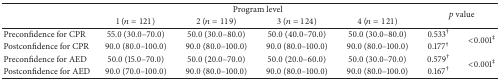
<table><thead><tr><td><b> </b></td><td colspan="4"><b>Program level</b></td><td rowspan="2" colspan="2"><b><i>p</i> value</b></td></tr><tr><td><b> </b></td><td><b>1 (<i>n</i> = 121)</b></td><td><b>2 (<i>n</i> = 119)</b></td><td><b>3 (<i>n</i> = 124)</b></td><td><b>4 (<i>n</i> = 121)</b></td></tr></thead><tbody><tr><td>Preconfidence for CPR</td><td>55.0 (30.0–70.0)</td><td>50.0 (30.0–80.0)</td><td>50.0 (40.0–70.0)</td><td>50.0 (30.0–80.0)</td><td>0.533<sup>†</sup></td><td rowspan="2">&lt;0.001<sup>‡</sup></td></tr><tr><td>Postconfidence for CPR</td><td>90.0 (80.0–100.0)</td><td>90.0 (80.0–100.0)</td><td>90.0 (80.0–100.0)</td><td>90.0 (80.0–100.0)</td><td>0.177<sup>†</sup></td></tr><tr><td>Preconfidence for AED </td><td>50.0 (15.0–70.0)</td><td>50.0 (20.0–70.0)</td><td>50.0 (20.0–60.0)</td><td>50.0 (30.0–70.0)</td><td>0.579<sup>†</sup></td><td rowspan="2">&lt;0.001<sup>‡</sup></td></tr><tr><td>Postconfidence for AED</td><td>90.0 (70.0–100.0)</td><td>90.0 (80.0–100.0)</td><td>90.0 (80.0–100.0)</td><td>90.0 (80.0–100.0)</td><td>0.167<sup>†</sup></td></tr></tbody></table>